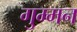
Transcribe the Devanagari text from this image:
गुम्मन